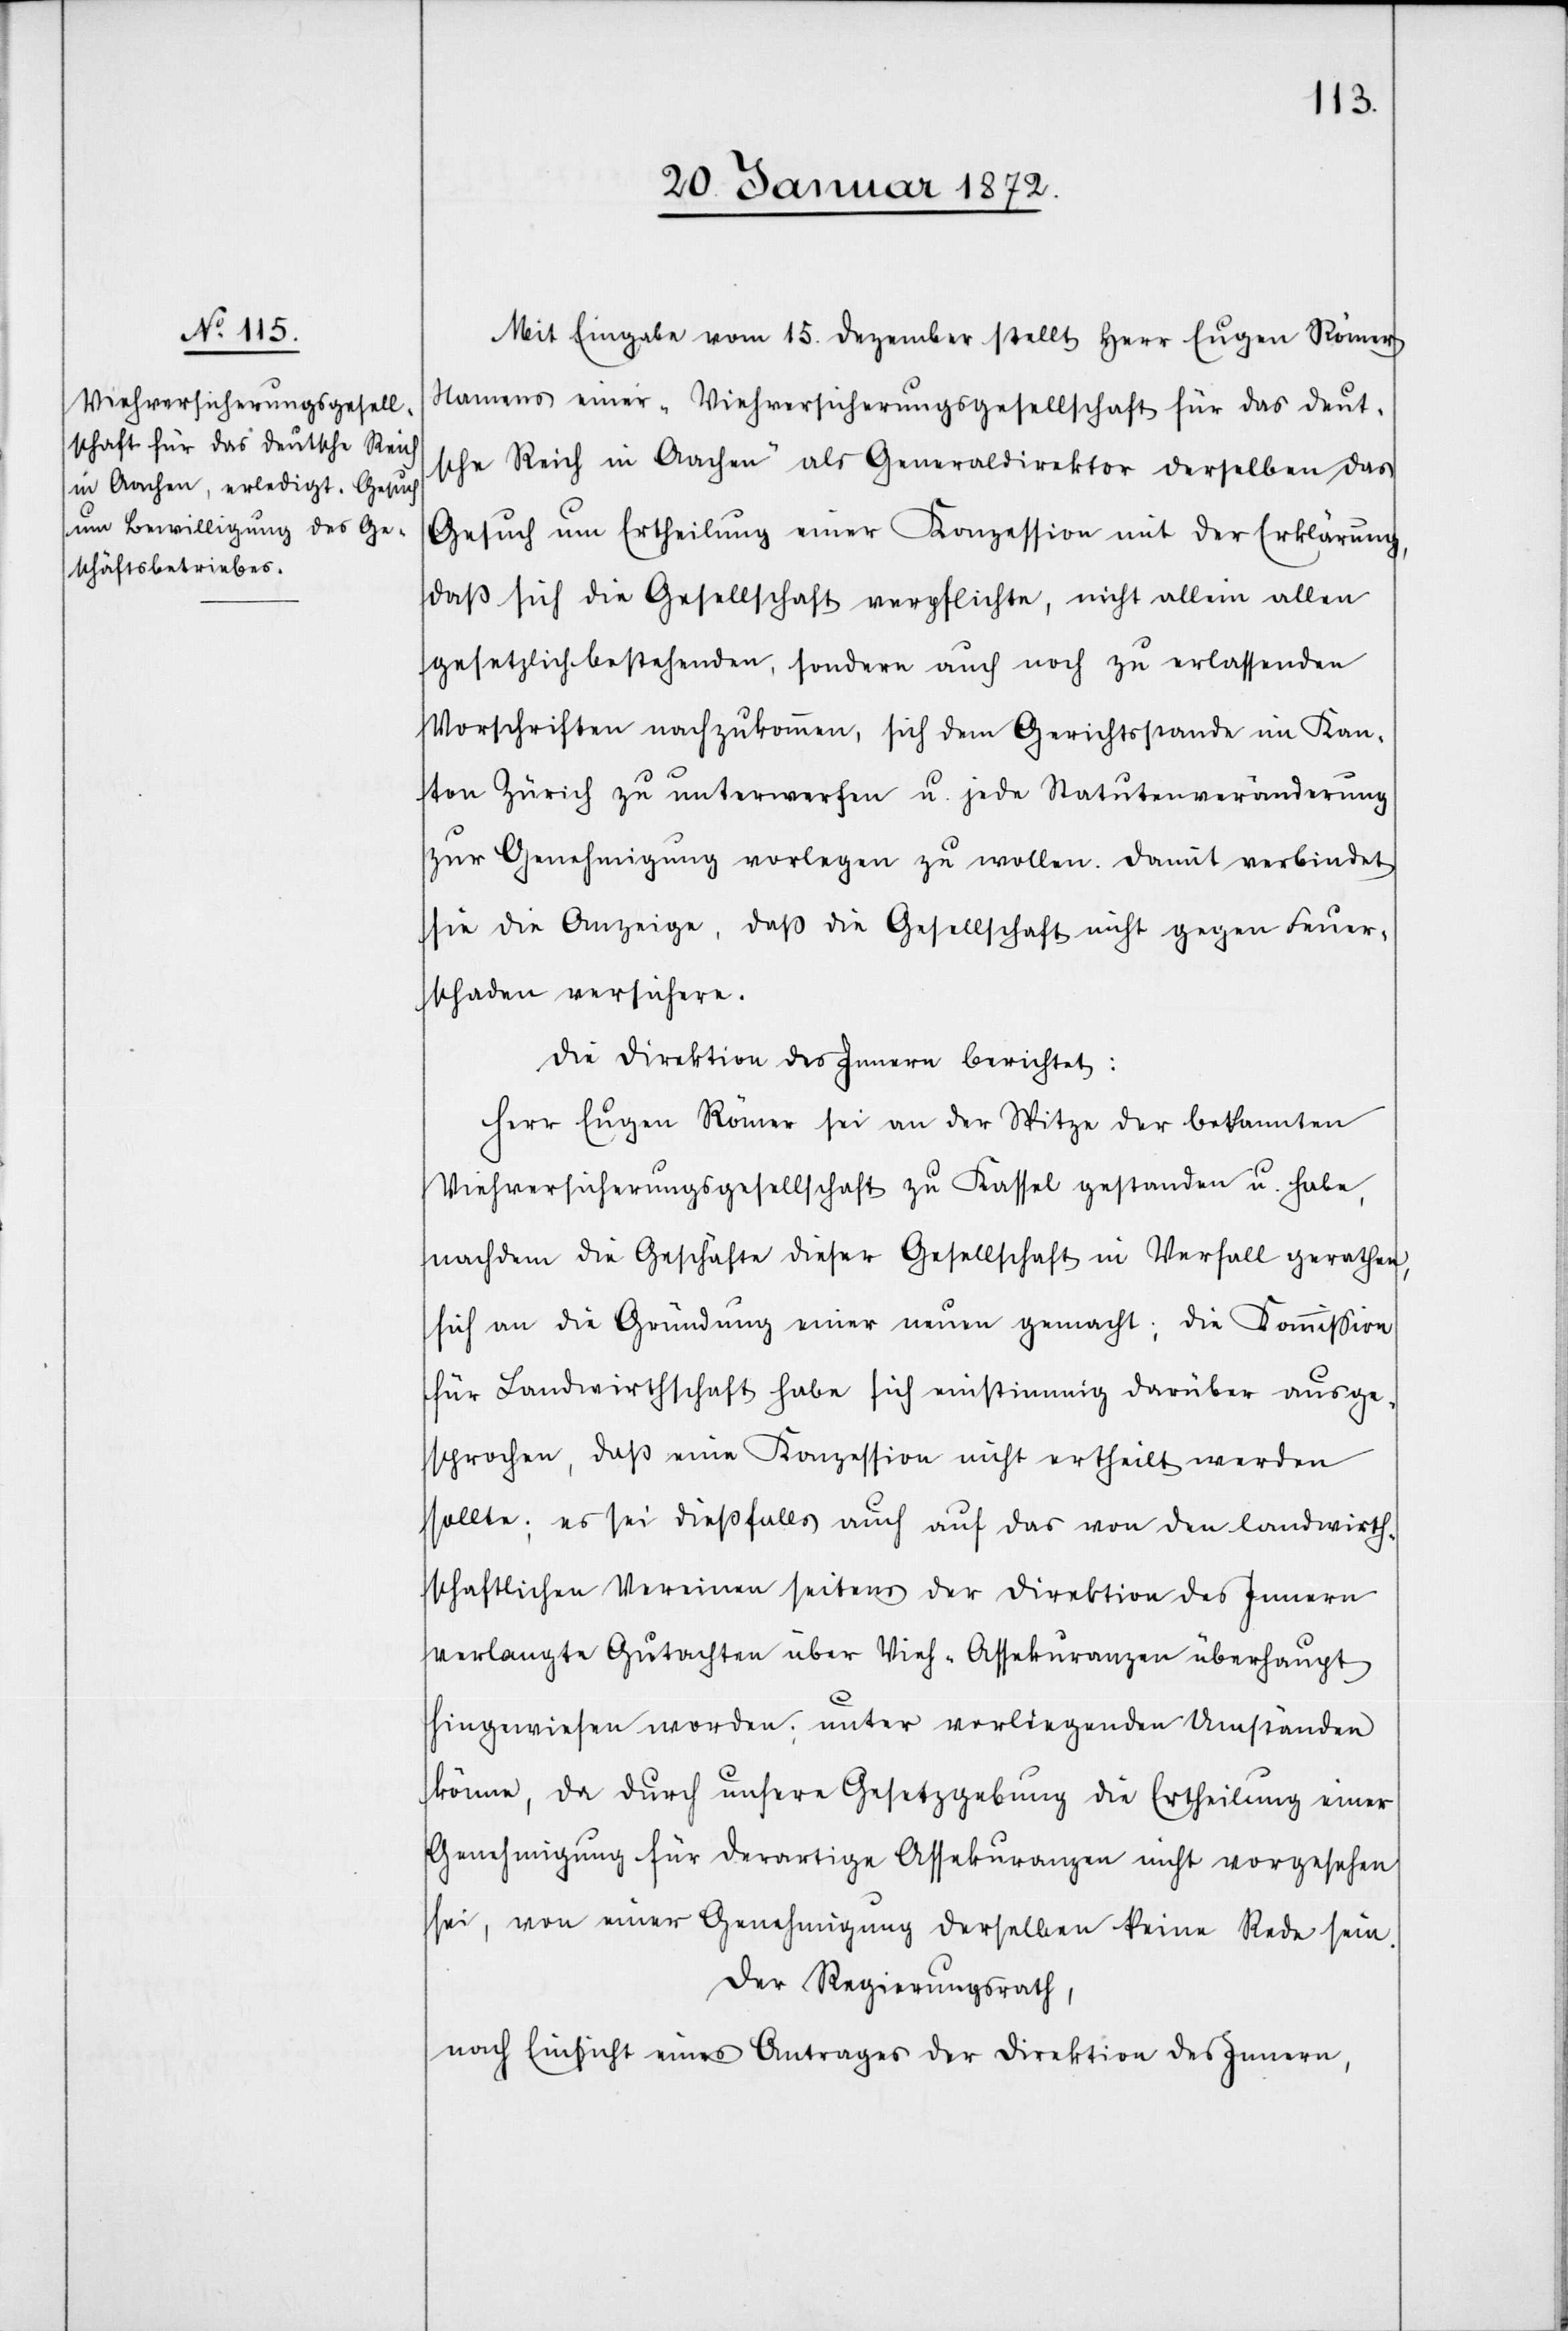
Mit Eingabe vom 15. Dezember stellt Herr Eugen Römer
Namens einer „Viehversicherungsgesellschaft für das Deut¬
sche Reiche in Aachen“ als Generaldirektor derselben das
Gesuch um Ertheilung einer Konzession mit der Erklärung,
daß sich die Gesellschaft verpflichte, nicht allein allen
gesetzlich bestehenden, sondern auch noch zu erlassenden
Vorschriften nachzukommen, sich dem Gerichtsstande im Kan¬
ton Zürich zu unterwerfen u. jede Statutenveränderung
zur Genehmigung vorlegen zu wollen. Damit verbindet
sie die Anzeige, daß die Gesellschaft nicht gegen Feuer¬
schaden versichere.
Die Direktion des Innern berichtet:
Herr Eugen Römer sei an der Spitze der bekannten
Viehversicherungsgesellschaft zu Kassel gestanden u. habe,
nachdem die Geschäfte dieser Gesellschaft in Verfall gerathen,
sich an die Gründung einer neuen gemacht; die Kommission
für Landwirthschaft habe sich einstimmig darüber ausge¬
sprochen, daß eine Konzession nicht ertheilt werden
sollte; es sei dießfalls auch auf das von den landwirth¬
schaftlichen Vereinen seitens der Direktion des Innern
verlangte Gutachten über Vieh-Assekuranzen überhaupt
hingewiesen worden; unter vorliegenden Umständen
könne, da durch unsere Gesetzgebung die Ertheilung einer
Genehmigung für derartige Assekuranzen nicht vorgesehen
sei, von einer Genehmigung derselben keine Rede sein.
Der Regierungsrath,
nach Einsicht eines Antrages der Direktion des Innern,